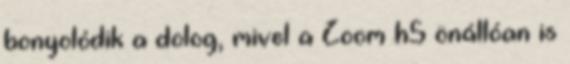
bonyolódik a dolog, mivel a Zoom h5 önállóan is